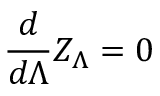
{ \frac { d } { d \Lambda } } Z _ { \Lambda } = 0